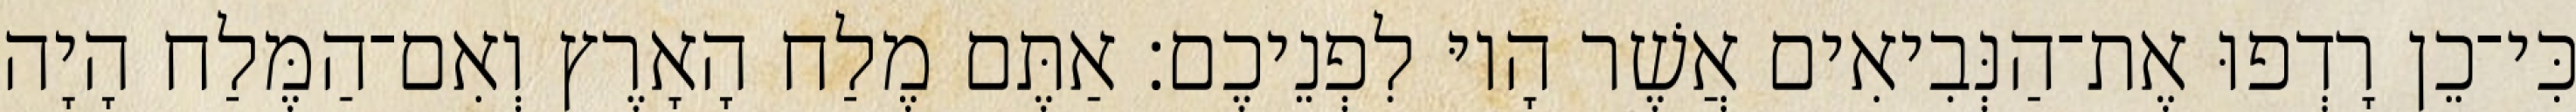
כִּי־כֵן רָדְפוּ אֶת־הַנְּבִיאִים אֲשֶׁר הָיוּ לִפְנֵיכֶם׃ אַתֶּם מֶלַח הָאָרֶץ וְאִם־הַמֶּלַח הָיָה